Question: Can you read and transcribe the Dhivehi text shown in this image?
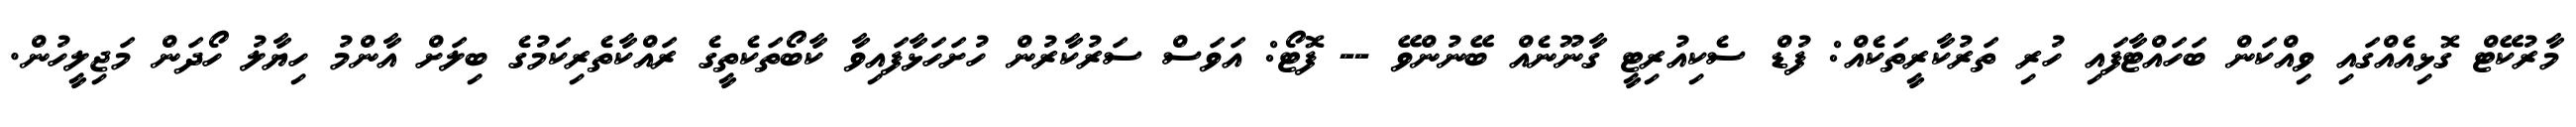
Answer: މާރުކޭޓް ގޮޅިއެއްގައި ވިއްކަން ބަހައްޓާފައި ހުރި ތަރުކާރީތަކެއް: ފުޑް ސެކިއުރިޓީ ގާނޫނެއް ބޭނުންވޭ -- ފޮޓޯ: އަވަސް ސަރުކާރުން ހުށަހަޅާފައިވާ ކާބޯތަކެތީގެ ރައްކާތެރިކަމުގެ ބިލަށް އާންމު ހިޔާލު ހޯދަން މަޖިލީހުން.